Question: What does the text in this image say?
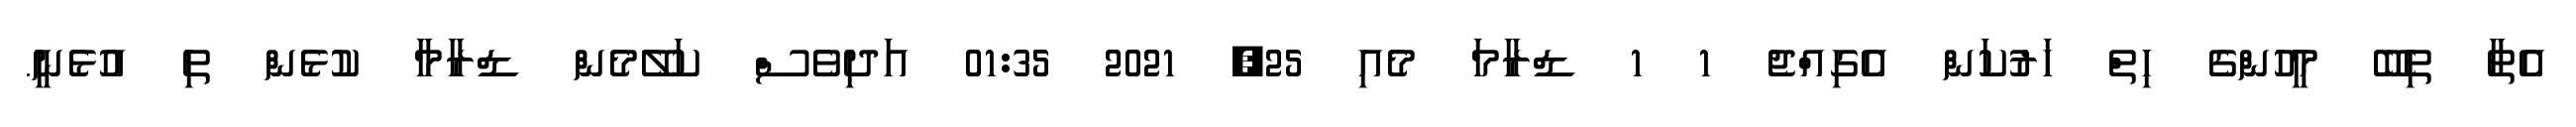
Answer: އެތާ ތިބޭ މީހުންގެ ހިތް ހަރުކަން އެގިއްޖެ 1 1 ޑްރާމަ މެއި 25, 2021 01:35 އަދިވެސް ކަލޭމެން ޑްރާމާ ކުޅެން ތި އުޅެނީ.